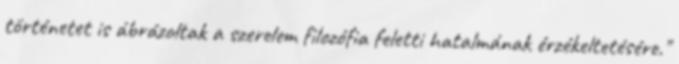
történetet is ábrázoltak a szerelem filozófia feletti hatalmának érzékeltetésére."